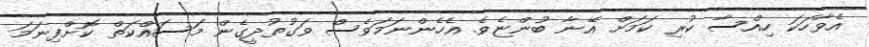
އެވާހަކަ ހިއްސާ ކުރި ކަމަށް އޭނާ ބުންޏެވެ. އެހެންނަމަވެސް ވަގުތުދީގެން މަސައްކަތް ކޮށްފިނަމަ